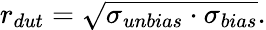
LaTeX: r_{dut}=\sqrt{\sigma_{unbias}\cdot\sigma_{bias}}.